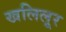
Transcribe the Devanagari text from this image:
खलिलूर